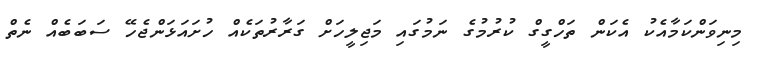
މިނިވަންކަމާއެކު އެކަން ތަހްގީގް ކުރުމުގެ ނަމުގައި މަޖިލީހަށް ގަރާރުތަކެއް ހުށައަޅަންޖެހޭ ސަަބަބެއް ނެތް